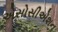
એસોસીએશન